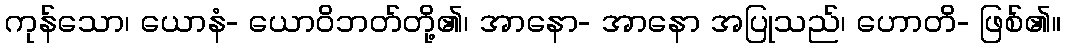
ကုန်သော၊ ယောနံ- ယောဝိဘတ်တို့၏၊ အာနော- အာနော အပြုသည်၊ ဟောတိ- ဖြစ်၏။